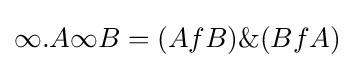
\infty .A\infty B=(AfB)\&(BfA)